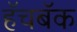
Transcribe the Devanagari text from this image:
हॅचबॅक